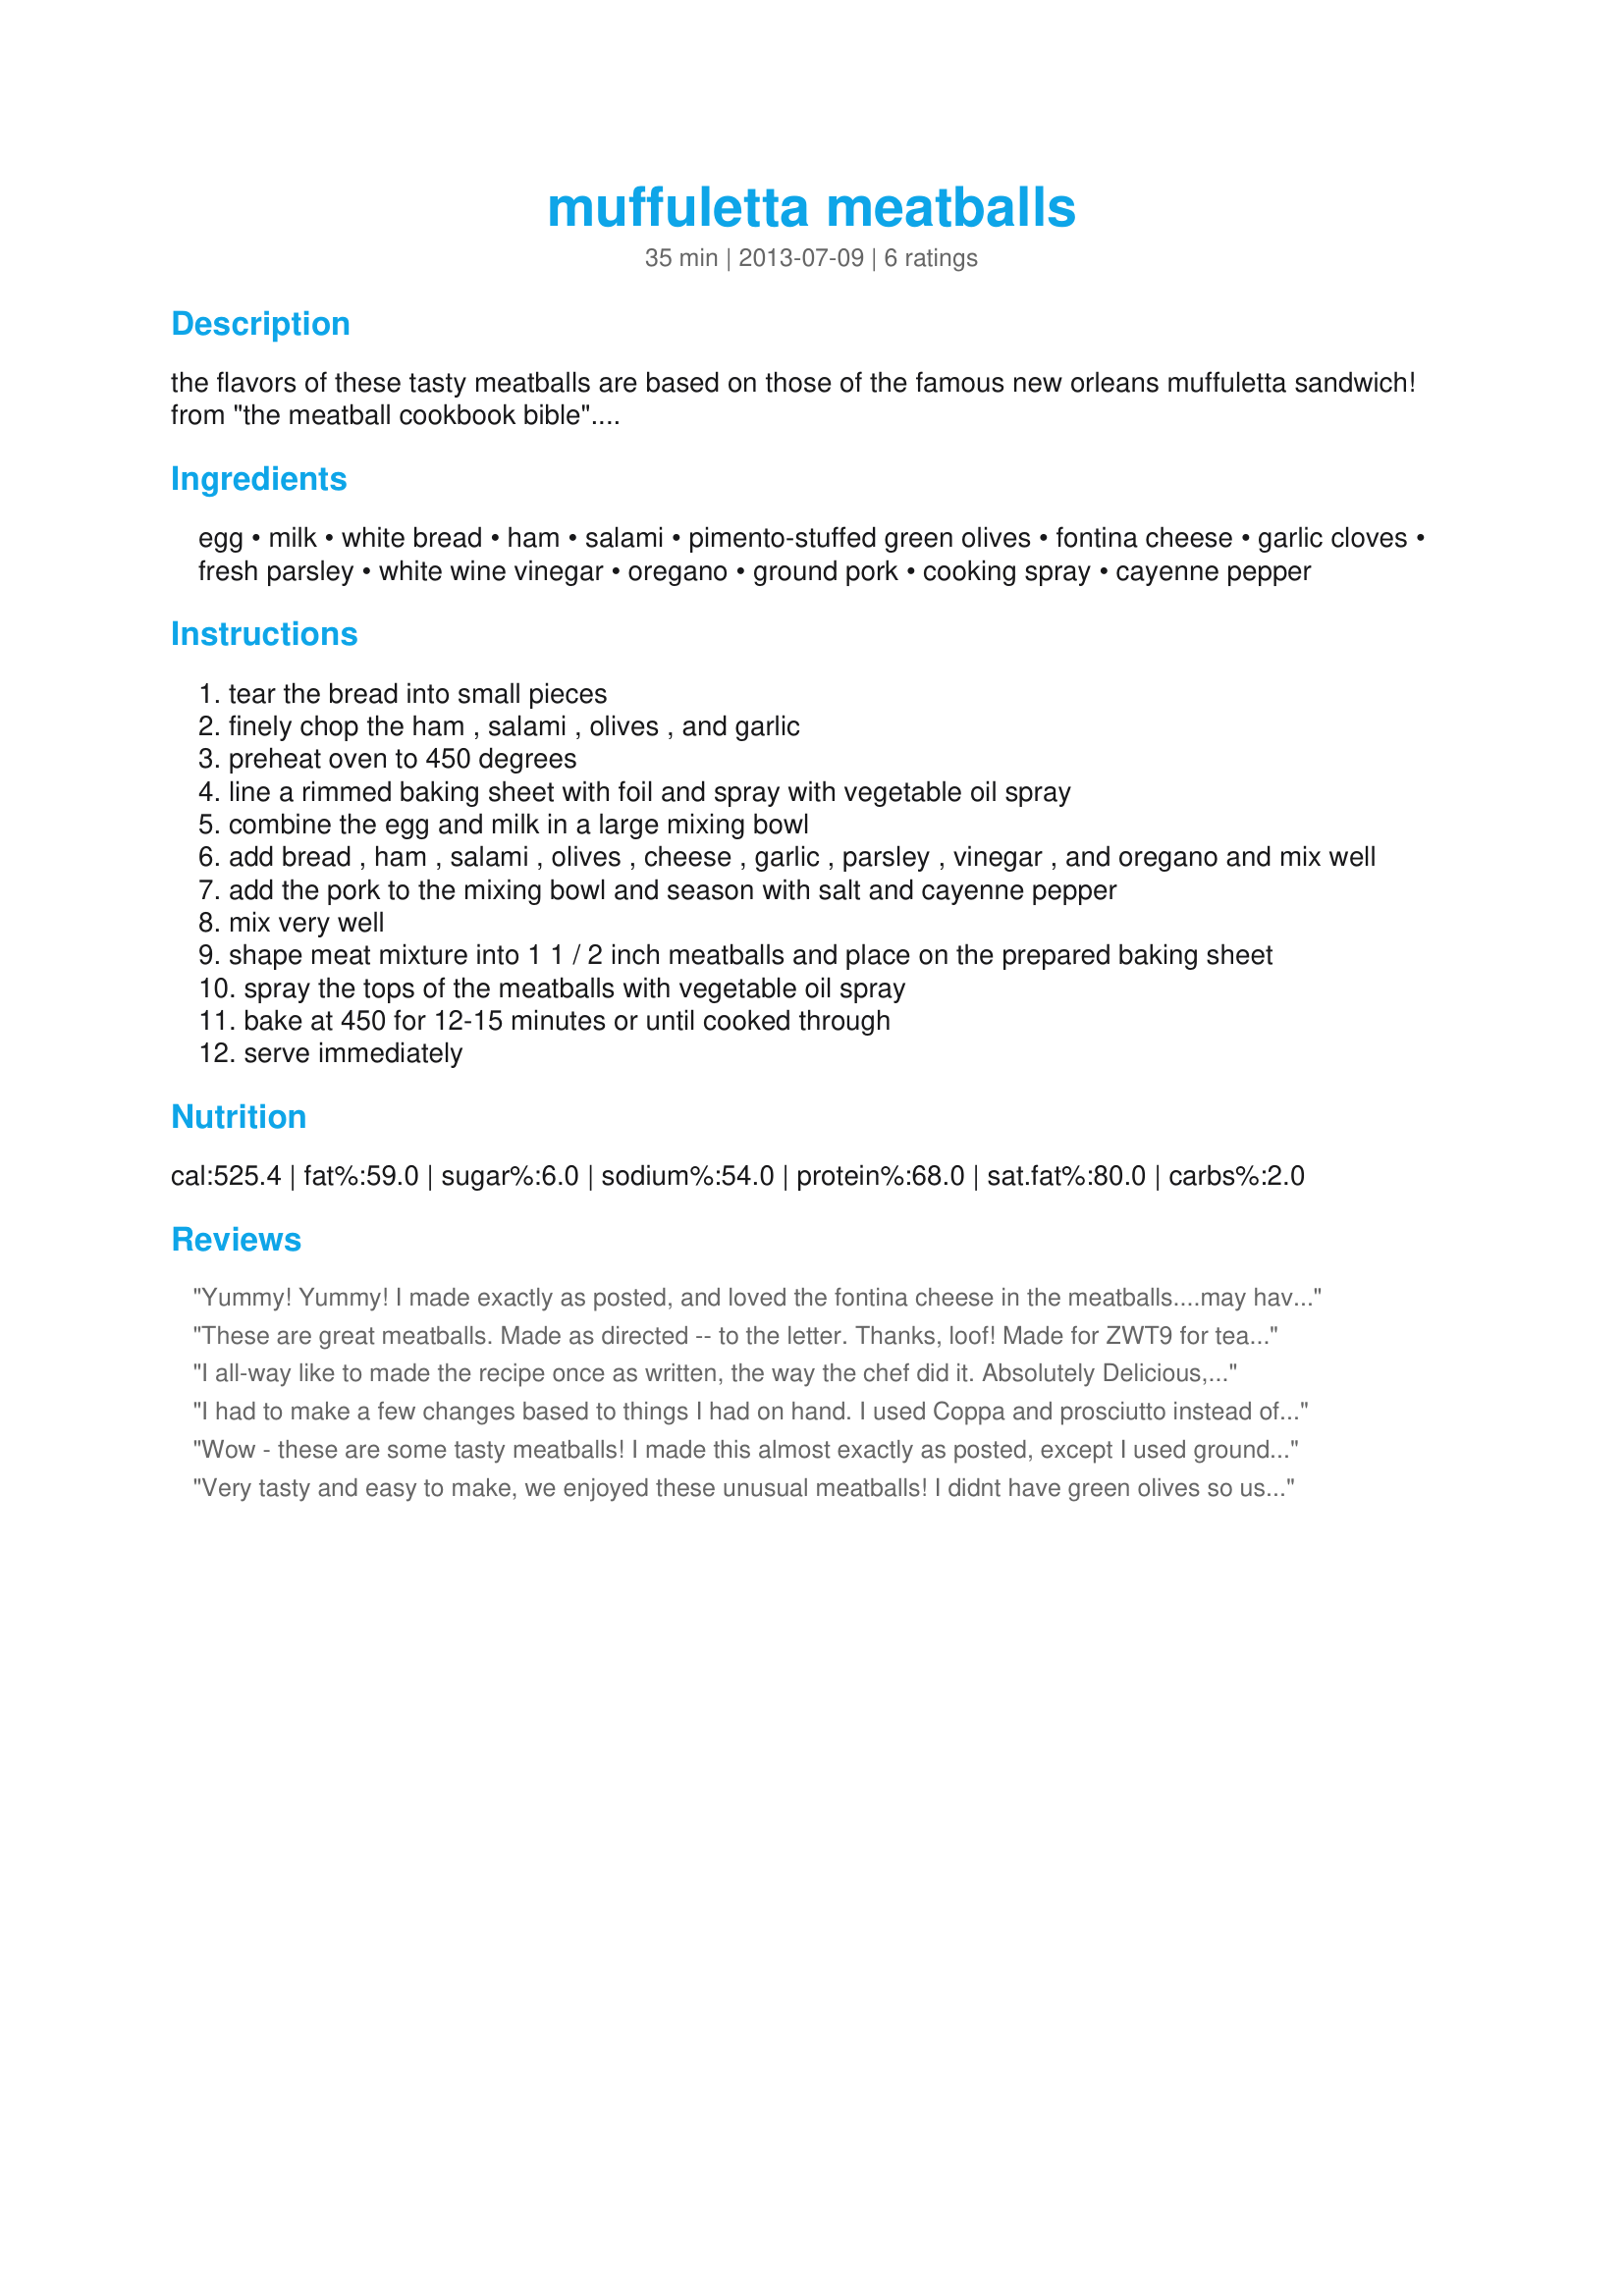
muffuletta meatballs
Preparation time: 35 minutes

the flavors of these tasty meatballs are based on those of the famous new orleans muffuletta sandwich! from "the meatball cookbook bible"....

Ingredients:
egg, milk, white bread, ham, salami, pimento-stuffed green olives, fontina cheese, garlic cloves, fresh parsley, white wine vinegar, oregano, ground pork, cooking spray, cayenne pepper

Steps:
tear the bread into small pieces
finely chop the ham , salami , olives , and garlic
preheat oven to 450 degrees
line a rimmed baking sheet with foil and spray with vegetable oil spray
combine the egg and milk in a large mixing bowl
add bread , ham , salami , olives , cheese , garlic , parsley , vinegar , and oregano and mix well
add the pork to the mixing bowl and season with salt and cayenne pepper
mix very well
shape meat mixture into 1 1 / 2 inch meatballs and place on the prepared baking sheet
spray the tops of the meatballs with vegetable oil spray
bake at 450 for 12-15 minutes or until cooked through
serve immediately

Reviews:
Yummy! Yummy! I made exactly as posted, and loved the fontina cheese in the meatballs....may have added a bit too much! I was surprised at how quickly these were done. Have to admit I used a meat thermometer since it was pork. Thanks for sharing! Made for PAC Spring 2014
These are great meatballs. Made as directed -- to the letter. Thanks, loof! Made for ZWT9 for team Gourmet Goddesses!
I all-way like to made the recipe once as written, the way the chef did it. Absolutely Delicious, I love it. Couldn&#039;t have been happier with the way it turned out. That me...But someone can not have pork?Why? So I have do it over So I used 1/2 lb ground beef instead of pork and1/2 lb ground lamb not ham (personal preference). No green olives I use a red wine vinegar not white, Italian bread, 2 ounces brown sugar I got 14 nice sized meatballs. This way was good but not as Absolutely Delicious as yours. Some people can be so pickie and @#^$%!* sweet deer. Good Food but ONE bad guest. Cant wait to make this for a Pot luck! I will definitely make this again Your way Thank You for a Absolutely Delicious Recipe! Made for me. PRMR 2013 Thank You....Grpa
I had to make a few changes based to things I had on hand. I used Coppa and prosciutto instead of salami. I also used San Juan Parmesan cheese instead of fontina cheese. I didn&#039;t have milk so I added another egg and no bread so I used 1/2 cup bread crumbs. I also didn&#039;t have any green olives and I really wish that I would - next time I will make sure I have some as I think it would benefit from that flavor. I didn&#039;t have white wine vinegar so I used red wine garlic vinegar. Even with all these changes these were great. Thanks
Wow - these are some tasty meatballs! I made this almost exactly as posted, except I used ground beef instead of pork (personal preference). I have sliced ham and sliced Genoa salami, which I diced up. I did not have fontina, so used mozzarella instead. These cooked up nicely (and quickly, I might add), and I ended up with 12 good-sized meatballs. There were so many distinct flavors going on, but they worked together nicely. Definitely a real treat! Made by a Tasty Tester for ZWT9.
Very tasty and easy to make, we enjoyed these unusual meatballs! I didnt have green olives so used, black, hope you dont mind. Lovely with pasta or just to snack on!!! Great recipe, thank you, loof, made for PRMR tag game.
